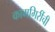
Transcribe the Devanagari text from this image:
कामगिरींची